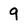
Character: 9